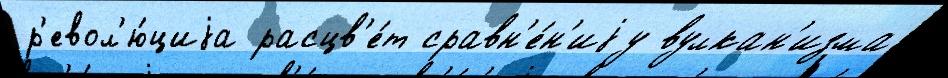
р'евол'ю́циjа расцв'е́т сравн'е́н'иjу вулкан'изма